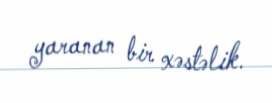
yaranan bir xəstəlik.